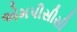
એમપીસીસી